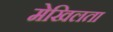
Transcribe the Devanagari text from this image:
मेखिलता